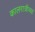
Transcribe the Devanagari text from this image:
कालरात्रीच्या